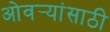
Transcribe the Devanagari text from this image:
ओवर्‍यांसाठी